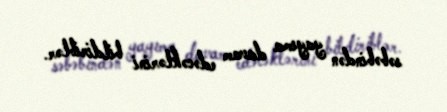
səbəbindən yayıma davam edəcəklərini bildiriblər.